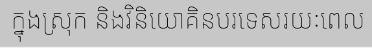
ក្នុងស្រុក និងវិនិយោគិនបរទេសរយៈពេល